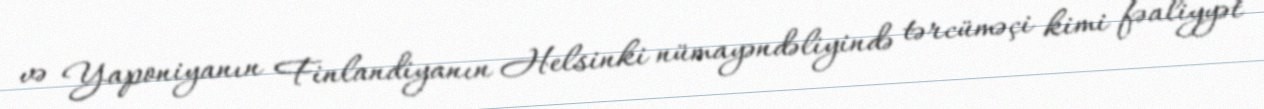
və Yaponiyanın Finlandiyanın Helsinki nümayəndəliyində tərcüməçi kimi fəaliyyət